Lunatic asylums Central Provinces reports 1910-1926 - 1910-1926
Year: 1910
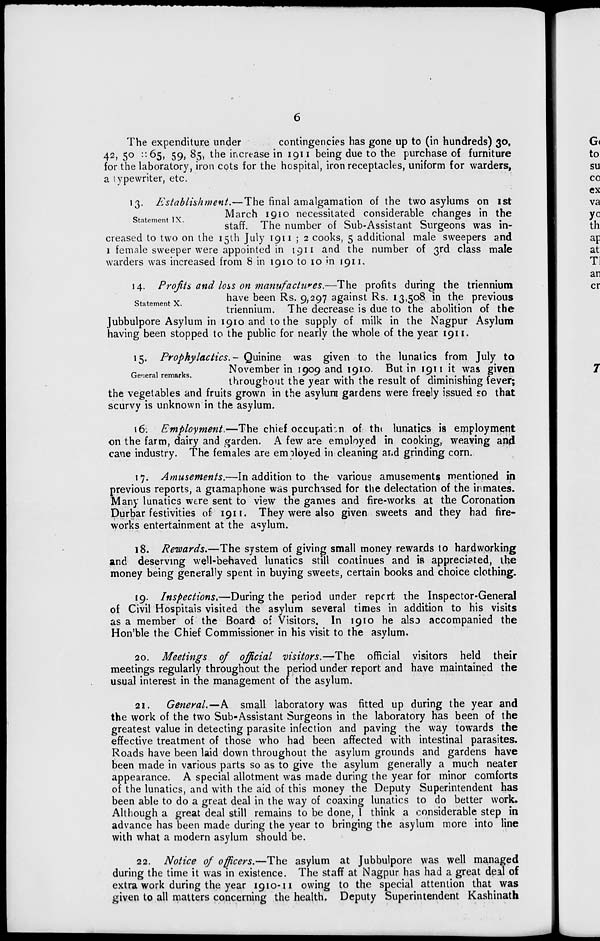
6
The expenditure under
contingencies has gone up to (in hundreds) 30,
42, 50 ::65, 59, 85, the increase in 1911 being due to the purchase of furniture
for the laboratory, iron cots for the hospital, iron receptacles, uniform for warders,
a typewriter, etc.
Statement IX.
13. Establishment.—The final amalgamation of the two asylums on 1st
March 1910 necessitated considerable changes in the
staff. The number of Sub-Assistant Surgeons was in-
creased to two on the 15th July 1911 ; 2 cooks, 5 additional male sweepers and
1 female sweeper were appointed in 1911 and the number of 3rd class male
warders was increased from 8 in 1910 to 10 in 1911.
Statement X.
14. Profits and loss on manufactures.—The profits during the triennium
have been Rs. 9,297 against Rs. 13,508 in the previous
triennium. The decrease is due to the abolition of the
Jubbulpore Asylum in 1910 and to the supply of milk in the Nagpur Asylum
having been stopped to the public for nearly the whole of the year 1911.
General remarks.
15. Prophylactics.— Quinine was given to the lunatics from July to
November in 1909 and 1910. But in 1911 it was given
throughout the year with the result of diminishing fever;
the vegetables and fruits grown in the asylum gardens were freely issued so that
scurvy is unknown in the asylum.
16. Employment.—The chief occupation of the lunatics is employment
on the farm, dairy and garden. A few are employed in cooking, weaving and
cane industry. The females are employed in cleaning and grinding corn.
17. Amusements.—In addition to the various amusements mentioned in
previous reports, a gramaphone was purchased for the delectation of the inmates.
Many lunatics were sent to view the games and fire-works at the Coronation
Durbar festivities of 1911. They were also given sweets and they had fire-
works entertainment at the asylum.
18. Rewards.—The system of giving small money rewards to hardworking
and deserving well-behaved lunatics still continues and is appreciated, the
money being generally spent in buying sweets, certain books and choice clothing.
19. Inspections,—During the period under report the Inspector-General
of Civil Hospitals visited the asylum several times in addition to his visits
as a member of the Board of Visitors. In 1910 he also accompanied the
Hon'ble the Chief Commissioner in his visit to the asylum.
20. Meetings of official visitors.—The official visitors held their
meetings regularly throughout the period under report and have maintained the
usual interest in the management of the asylum.
21. General.—A small laboratory was fitted up during the year and
the work of the two Sub-Assistant Surgeons in the laboratory has been of the
greatest value in detecting parasite infection and paving the way towards the
effective treatment of those who had been affected with intestinal parasites.
Roads have been laid down throughout the asylum grounds and gardens have
been made in various parts so as to give the asylum generally a much neater
appearance. A special allotment was made during the year for minor comforts
of the lunatics, and with the aid of this money the Deputy Superintendent has
been able to do a great deal in the way of coaxing lunatics to do better work.
Although a great deal still remains to be done, I think a considerable step in
advance has been made during the year to bringing the asylum more into line
with what a modern asylum should be.
22. Notice of officers.—The asylum at Jubbulpore was well managed
during the time it was in existence. The staff at Nagpur has had a great deal of
extra work during the year 1910-11 owing to the special attention that was
given to all matters concerning the health. Deputy Superintendent Kashinath